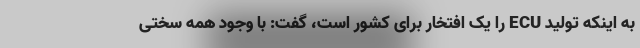
به اینکه تولید ECU را یک افتخار برای کشور است، گفت: با وجود همه سختی